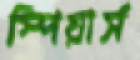
স্পিয়ার্স